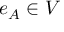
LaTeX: e _ { A } \in V